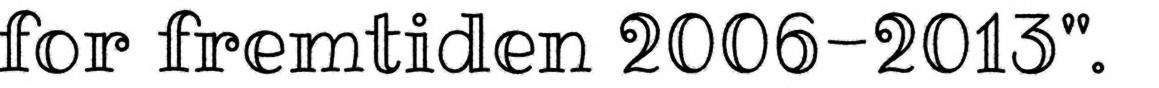
for fremtiden 2006-2013".